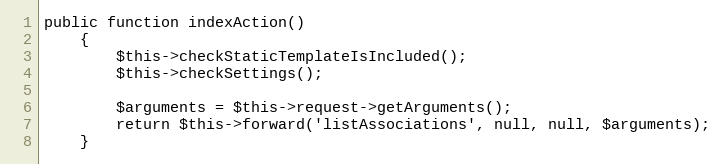
Language: PHP
public function indexAction()
    {
        $this->checkStaticTemplateIsIncluded();
        $this->checkSettings();

        $arguments = $this->request->getArguments();
        return $this->forward('listAssociations', null, null, $arguments);
    }